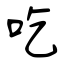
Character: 吃